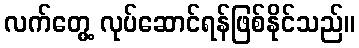
လက်တွေ့ လုပ်ဆောင်ရန်ဖြစ်နိုင်သည်။